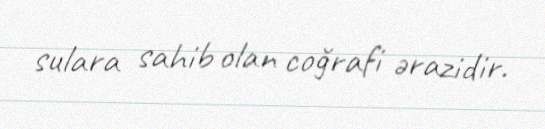
sulara sahib olan coğrafi ərazidir.